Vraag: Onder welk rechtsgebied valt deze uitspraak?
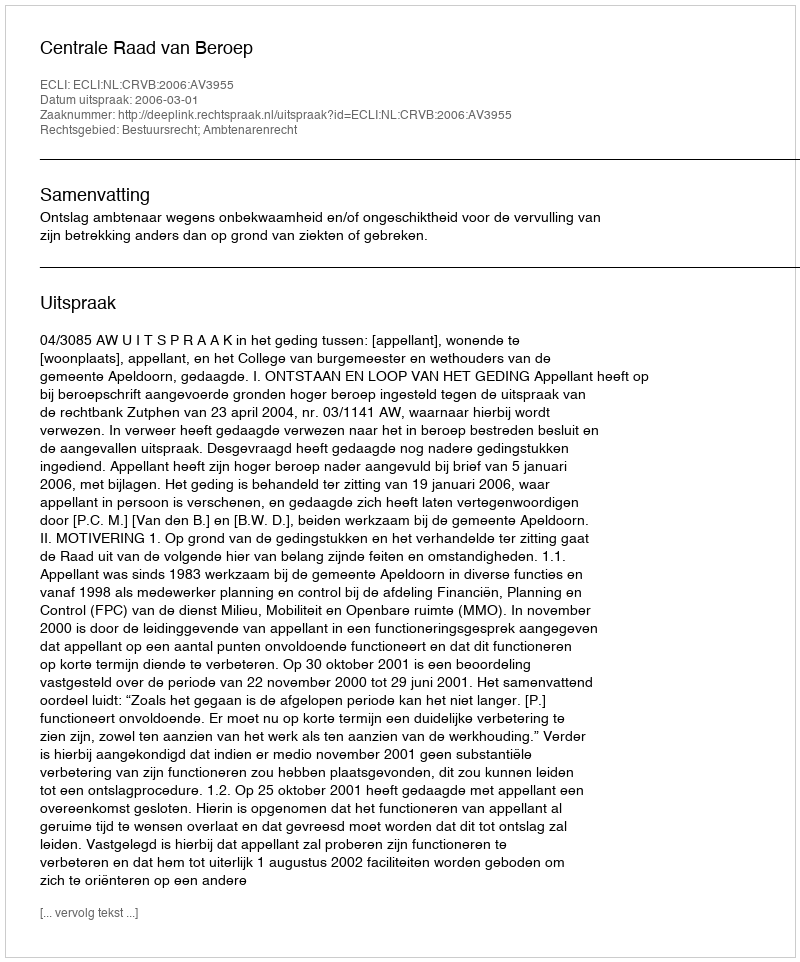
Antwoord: Bestuursrecht; Ambtenarenrecht